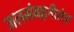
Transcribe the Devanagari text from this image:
जलसंवहनीतंत्र